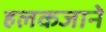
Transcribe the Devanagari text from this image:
हलकजाने